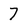
Character: 7